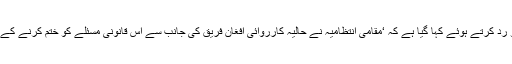
افغان وزارت خارجہ کے موقف کو رد کرتے ہوئے کہا گیا ہے کہ ‘مقامی انتظامیہ نے حالیہ کارروائی افغان فریق کی جانب سے اس قانونی مسئلے کو ختم کرنے کے بعد قانونی مداوا کے طور پر کی’۔